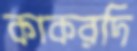
কাকরদি